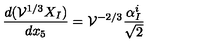
\frac { d ( { \cal V } ^ { 1 / 3 } X _ { I } ) } { d x _ { 5 } } = { \cal V } ^ { - 2 / 3 } \frac { \alpha _ { I } ^ { i } } { \sqrt 2 }